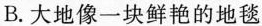
B.大地像一块鲜艳的地毯